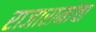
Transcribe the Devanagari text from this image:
राजारामांचा